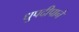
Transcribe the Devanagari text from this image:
धुपदीपाने